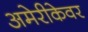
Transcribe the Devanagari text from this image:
अमेरीकेवर